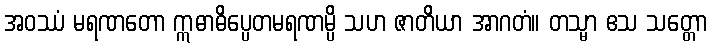
အဝဿံ မရဏတော ဣဓာဓိပ္ပေတမရဏမ္ပိ သဟ ဇာတိယာ အာဂတံ။ တသ္မာ ဧသ သတ္တော